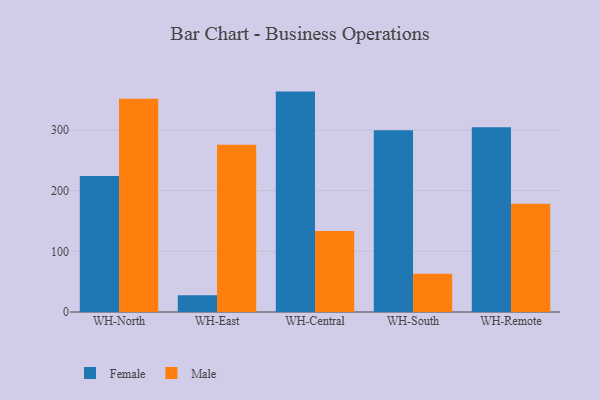
{"axis": {"x": "Warehouse", "y": "Market Share (%)"}, "legend": ["Female", "Male"], "data": [{"x": "WH-North", "y": 224.1, "type": "Female"}, {"x": "WH-North", "y": 351.6, "type": "Male"}, {"x": "WH-East", "y": 27.7, "type": "Female"}, {"x": "WH-East", "y": 275.6, "type": "Male"}, {"x": "WH-Central", "y": 363.2, "type": "Female"}, {"x": "WH-Central", "y": 133.4, "type": "Male"}, {"x": "WH-South", "y": 299.5, "type": "Female"}, {"x": "WH-South", "y": 63.0, "type": "Male"}, {"x": "WH-Remote", "y": 304.3, "type": "Female"}, {"x": "WH-Remote", "y": 178.3, "type": "Male"}]}